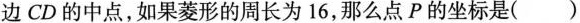
边CD的中点，如果菱形的周长为16，那么点P的坐标是()